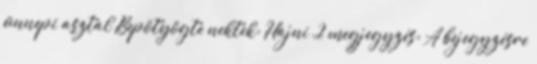
ünnepi asztal Bepötyögte nektek: Hajni 2 megjegyzés: A bejegyzésre